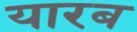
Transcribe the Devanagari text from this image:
यारब